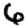
Digit: 6